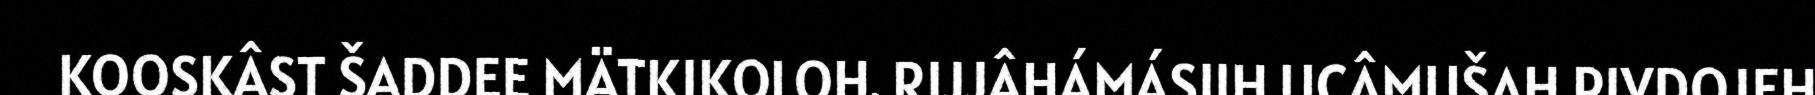
KOOSKÂST ŠADDEE MÄTKIKOLOH. RIJJÂHÁMÁSIIH UCÂMUŠAH PIVDOJEH